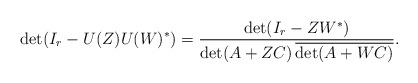
LaTeX: \begin{align*}\det(I_{r} - U(Z)U(W)^*) = \frac{\det(I_{r}- ZW^*)}{\det(A+ZC)\,\overline{\det(A+WC)}}.\end{align*}